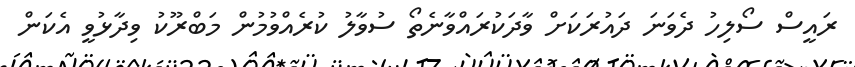
ރައީސް ސޯލިހު ދެވަނަ ދައުރަކަށް ވާދަކުރައްވާނެތޯ ސުވާލު ކުރެއްވުމުން މަބްރޫކު ވިދާޅުވީ އެކަން